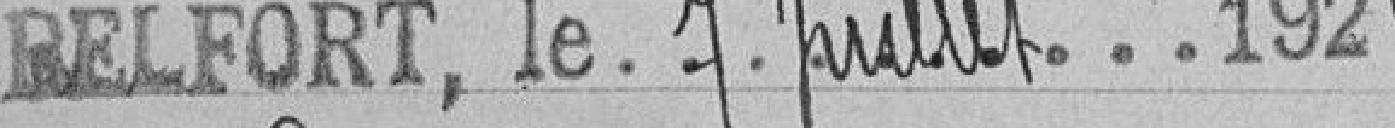
BELFORT, le 7 Juillet 1924